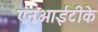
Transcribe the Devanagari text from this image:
एनआईटीके